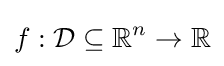
f:{\mathcal {D}}\subseteq \mathbb {R} ^{n}\to \mathbb {R}